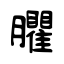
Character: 臞